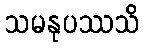
သမနုပဿသိ